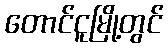
တောင်ငူမြို့တွင်